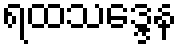
ရထသဒ္ဒေန